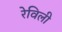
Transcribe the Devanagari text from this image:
रेविली